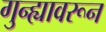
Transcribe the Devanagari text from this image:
गुन्ह्यावरून